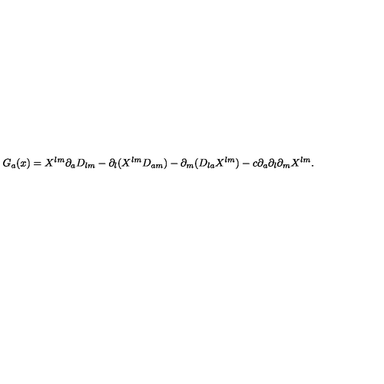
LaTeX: { G } _ { a } ( x ) = X ^ { l m } \partial _ { a } D _ { l m } - \partial _ { l } ( X ^ { l m } D _ { a m } ) - \partial _ { m } ( D _ { l a } X ^ { l m } ) - c \partial _ { a } \partial _ { l } \partial _ { m } X ^ { l m } .